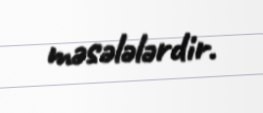
məsələlərdir.